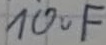
Text: 10uF